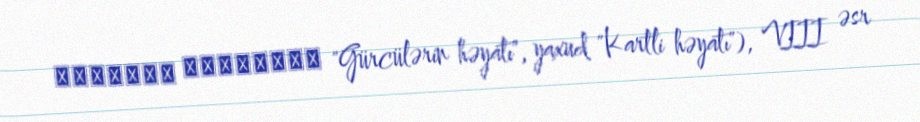
ქართლის ცხოვრება "Gürcülərin həyatı", yaxud "Kartli həyatı"), VIII əsr